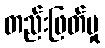
တည်းဖြတ်မှု